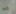
هو